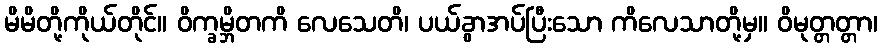
မိမိတို့ကိုယ်တိုင်။ ဝိက္ခမ္ဘိတကိ လေသေတိ၊ ပယ်ခွာအပ်ပြီးသော ကိလေသာတို့မှ။ ဝိမုတ္တတ္တာ၊